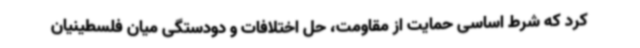
کرد که شرط اساسی حمایت از مقاومت، حل اختلافات و دودستگی میان فلسطینیان